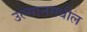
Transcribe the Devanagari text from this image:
उल्सानमधील